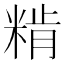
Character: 𥺾